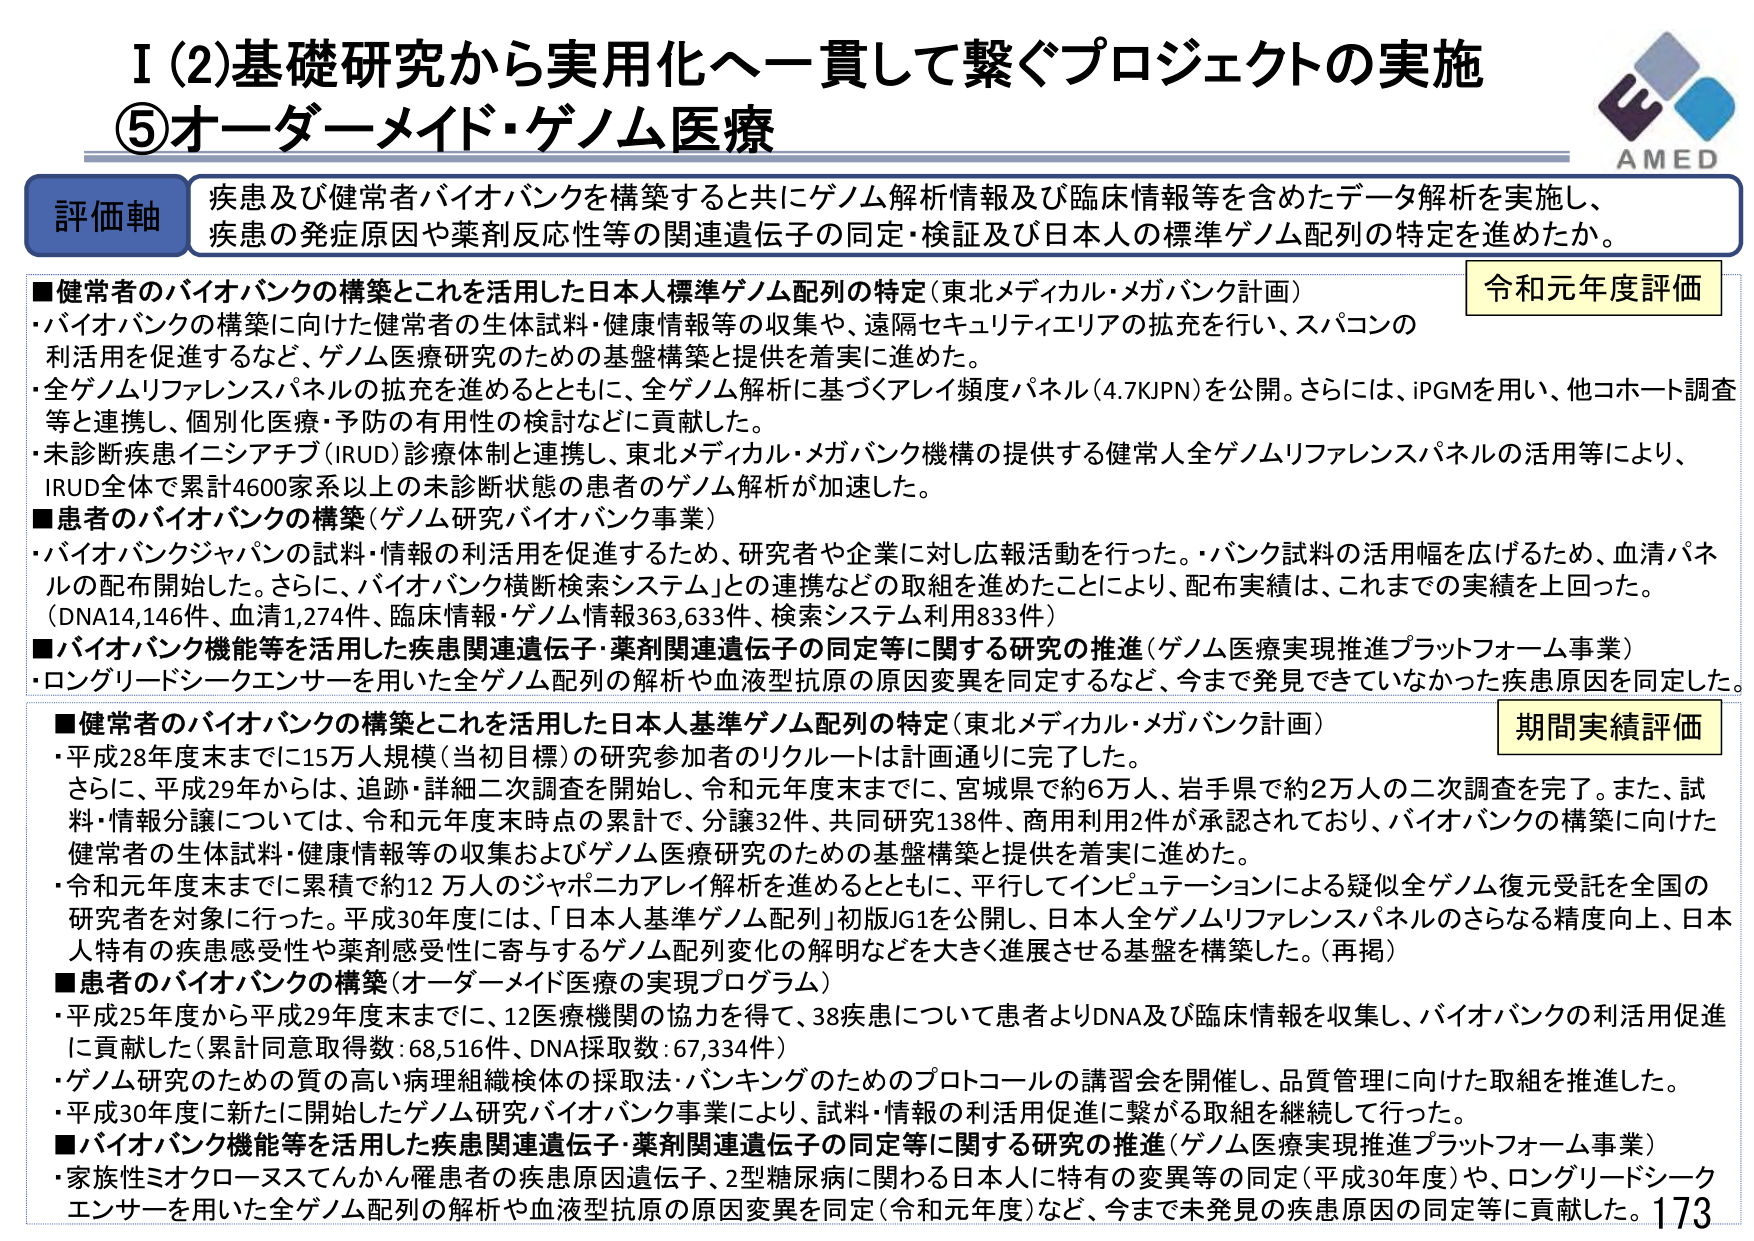
I (2) 基礎研究から実用化へ一貫して繋ぐプロジェクトの実施
⑤ オーダーメイド・ゲノム医療

評価軸
疾患及び健常者バイオバンクを構築すると共にゲノム解析情報及び臨床情報等を含めたデータ解析を実施し、
疾患の発症原因や薬剤反応性等の関連遺伝子の同定・検証及び日本人の標準ゲノム配列の特定を進めたか。

■健常者のバイオバンクの構築とこれを活用した日本人標準ゲノム配列の特定（東北メディカル・メガバンク計画）
・バイオバンクの構築に向けた健常者の生体試料・健康情報等の収集や、遠隔セキュリティエリアの拡充を行い、スパコンの
利活用を促進するなど、ゲノム医療研究のための基盤構築と提供を着実に進めた。
・全ゲノムリファレンスパネルの拡充を進めるとともに、全ゲノム解析に基づくアレイ頻度パネル（4.7KPN）を公開。さらには、iPGMを用い、他コホート調査
等と連携し、個別化医療・予防の有用性の検討などに貢献した。
・未診断疾患イニシアチブ（IRUD）診療体制と連携し、東北メディカル・メガバンク機構の提供する健常人全ゲノムリファレンスパネルの活用等により、
IRUD全体で累計4600家系以上の未診断状態の患者のゲノム解析が加速した。

■患者のバイオバンクの構築（ゲノム研究バイオバンク事業）
・バイオバンクジャパンの試料・情報の利活用を促進するため、研究者や企業に対し広報活動を行った。・バンク試料の活用幅を広げるため、血清パネルの配布開始した。さらに、バイオバンク横断検索システム」との連携などの取組を進めたことにより、配布実績は、これまでの実績を上回った。
（DNA14,146件、血清1,274件、臨床情報・ゲノム情報363,633件、検索システム利用833件）

■バイオバンク機能等を活用した疾患関連遺伝子・薬剤関連遺伝子の同定等に関する研究の推進（ゲノム医療実現推進プラットフォーム事業）
・ロングリードシークエンサーを用いた全ゲノム配列の解析や血液型抗原の原因変異を同定するなど、今まで発見できていなかった疾患原因を同定した。

■健常者のバイオバンクの構築とこれを活用した日本人基準ゲノム配列の特定（東北メディカル・メガバンク計画）
・平成28年度末までに15万人規模（当初目標）の研究参加者のリクルートは計画通りに完了した。
さらに、平成29年からは、追跡・詳細二次調査を開始し、令和元年度末までに、宮城県で約6万人、岩手県で約2万人の二次調査を完了。また、試料・情報分譲については、令和元年度末時点の累計で、分譲32件、共同研究138件、商用利用2件が承認されており、バイオバンクの構築に向けた健常者の生体試料・健康情報等の収集およびゲノム医療研究のための基盤構築と提供を着実に進めた。
・令和元年度末までに累積で約12万人のジャポニカアレイ解析を進めるとともに、平行してインピュテーションによる疑似全ゲノム復元受託を全国の研究者を対象に行った。平成30年度には、「日本人基準ゲノム配列」初版JG1を公開し、日本人全ゲノムリファレンスパネルのさらなる精度向上、日本人特有の疾患感受性や薬剤感受性に寄与するゲノム配列変化の解明などを大きく進展させる基盤を構築した。（再掲）

■患者のバイオバンクの構築（オーダーメイド医療の実現プログラム）
・平成25年度から平成29年度末までに、12医療機関の協力を得て、38疾患について患者よりDNA及び臨床情報を収集し、バイオバンクの利活用促進に貢献した（累計同意取得数：68,516件、DNA採取数：67,334件）
・ゲノム研究のための質の高い病理組織検体の採取法・バンキングのためのプロトコールの講習会を開催し、品質管理に向けた取組を推進した。
・平成30年度に新たに開始したゲノム研究バイオバンク事業により、試料・情報の利活用促進に繋がる取組を継続して行った。

■バイオバンク機能等を活用した疾患関連遺伝子・薬剤関連遺伝子の同定等に関する研究の推進（ゲノム医療実現推進プラットフォーム事業）
・家族性ミオクローヌスてんかん罹患者の疾患原因遺伝子、2型糖尿病に関わる日本人に特有の変異等の同定（平成30年度）や、ロングリードシークエンサーを用いた全ゲノム配列の解析や血液型抗原の原因変異を同定（令和元年度）など、今まで未発見の疾患原因の同定等に貢献した。

令和元年度評価
期間実績評価

AMED
173